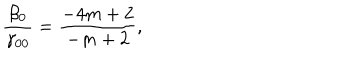
{ \frac { \beta _ { 0 } } { \gamma _ { 0 0 } } } = { \frac { - 4 m + 2 } { - m + 2 } } ,